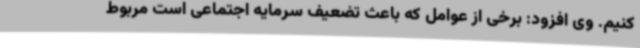
کنیم. وی افزود: برخی از عوامل که باعث تضعیف سرمایه اجتماعی است مربوط